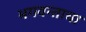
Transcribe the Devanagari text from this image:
भगवन्ताचा